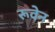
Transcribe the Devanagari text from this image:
रूवेन